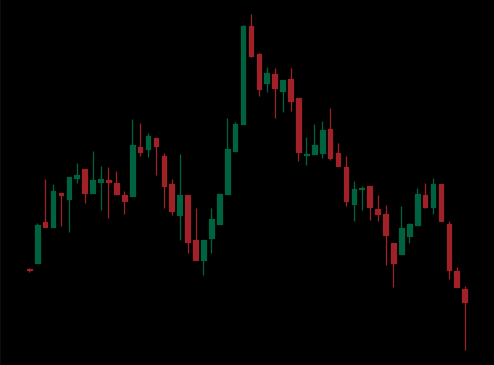
Pattern: head_shoulders